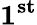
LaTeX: \mathbf{1^{st}}